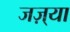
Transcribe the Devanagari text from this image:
जज़्या